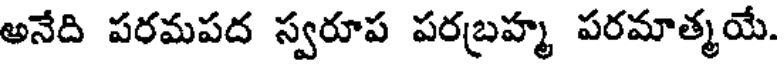
అనేది పరమపద స్వరూప పరబ్రహ్మ పరమాత్మయే.